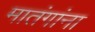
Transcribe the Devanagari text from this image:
मातंगांना